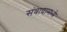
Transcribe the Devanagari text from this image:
संवादामध्ये